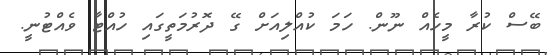
ބޭސް ކުރާ މީހެއް ނޫން. ހަމަ ކުއްލިއަށް ގޭ ދޮރުމަތީގައި ހުއްޓާ ވެއްޓުނީ.